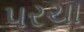
પરચા